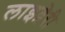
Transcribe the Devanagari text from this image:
लाइव्रेरी